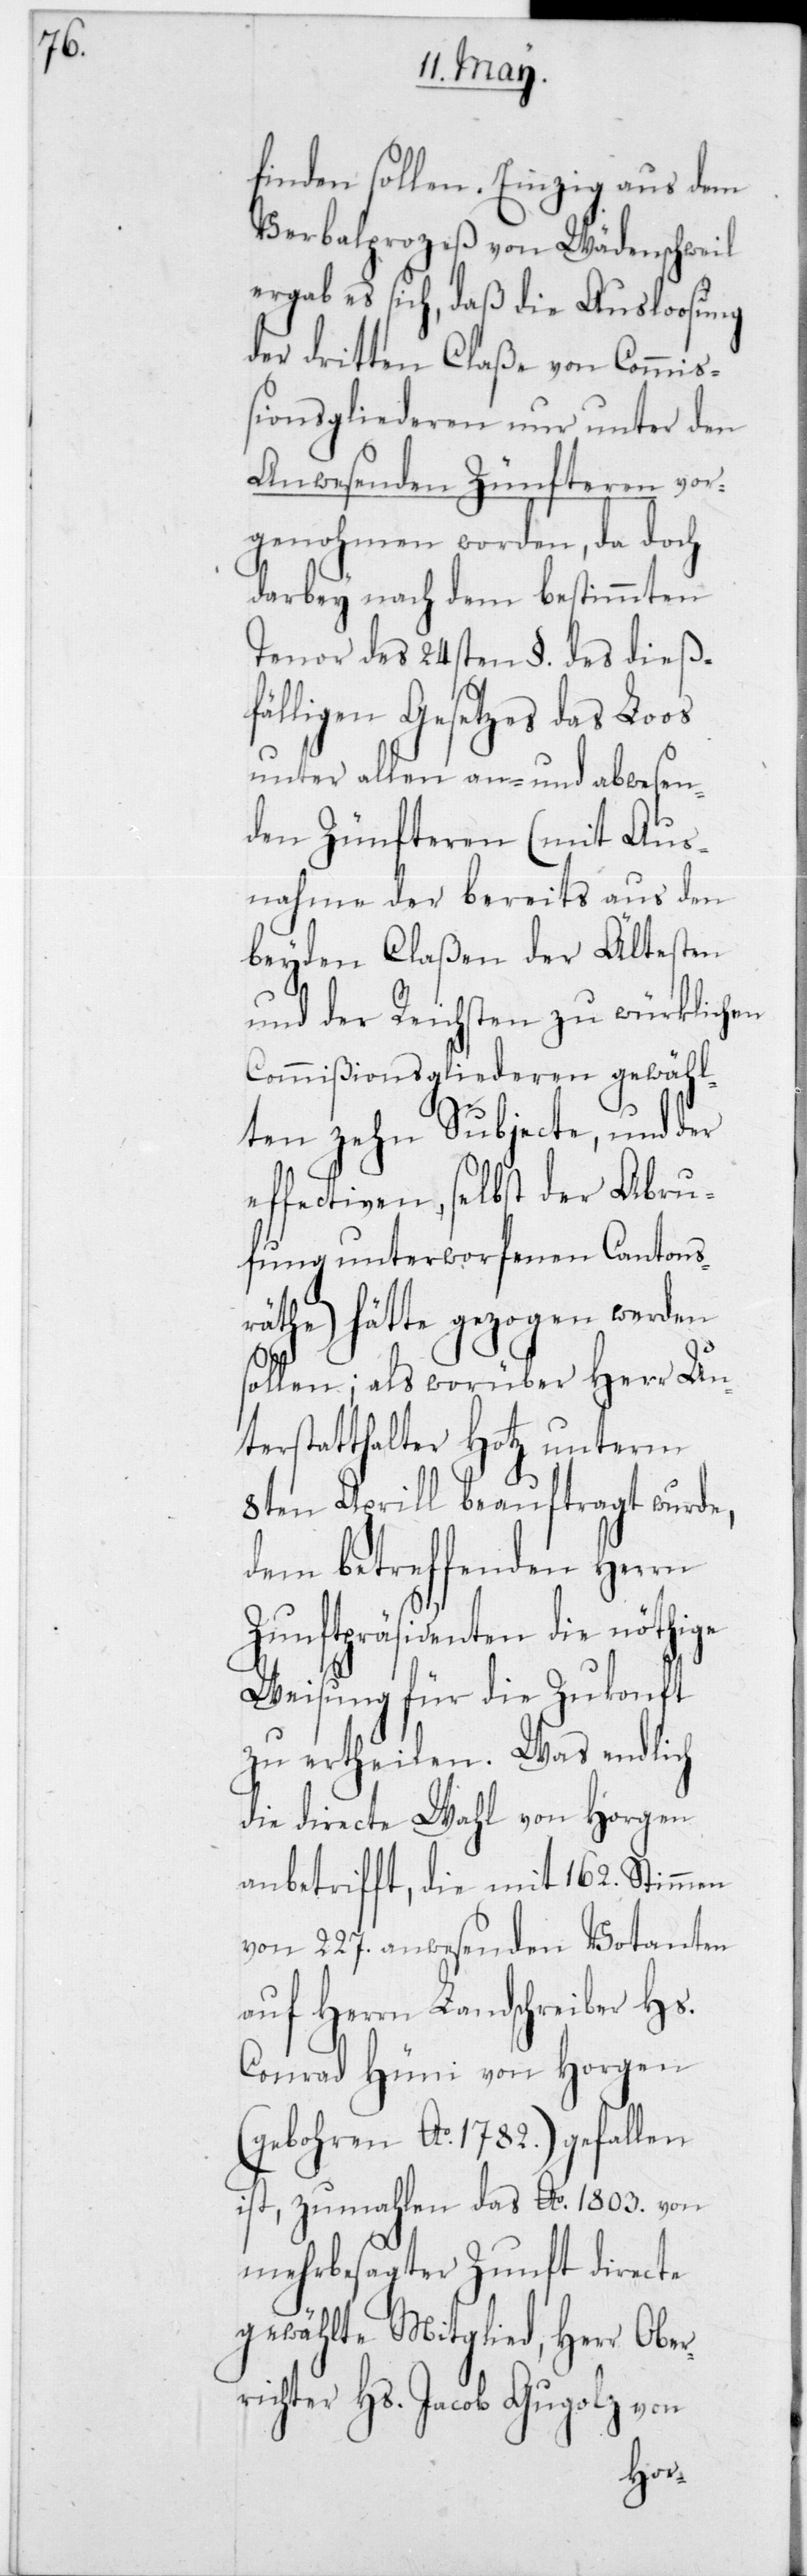
finden sollen. Einzig aus dem
Verbalprozeß von Wädenschweil
ergab es sich, daß die Ausloosung
der dritten Claße von Commiß¬
ionsgliederen nur unter den
Anwesenden Zünfteren vor¬
genohmen worden, da doch
darbey nach dem bestimmten
Tenor des 24sten § des dieß¬
fälligen Gesetzes das Loos
unter allen an- und abwesen¬
den Zünfteren (mit Aus¬
nahme der bereits aus den
beyden Claßen der Ältesten
und der Reichsten zu würklichen
Commißionsgliederen gewähl¬
ten zehn Subjecte, und der
effectiven, selbst der Abru¬
fung unterworfenen Cantons¬
räthe) hätte gezogen werden
sollen; als worüber Herr Un¬
terstatthalter Hotz unterm
8ten Aprill beauftragt wurde,
dem betreffenden Herrn
Zunftpräsidenten die
Weisung für die Zukunft
zu ertheilen. Was endlich
die directe Wahl von Horgen
anbetrifft, die mit 162 Stimmen
von 227 anwesenden Votanten
auf Herrn Landschreiber Hs.
Conrad Hüni von Horgen
(geboren Ao 1782) gefallen
ist, zumahlen das Ao 1803 von
mehrbesagter Zunft directe
gewählte Mitglied, Herr Ober¬
richter Hs. Jacob Gugolz von